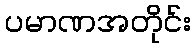
ပမာဏအတိုင်း